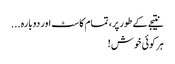
نتیجے کے طور پر، تمام کاسٹ اور دوبارہ ...
ہر کوئی خوش!